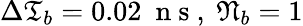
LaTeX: \Delta\mathfrak{T}_{b}=0.02\ \mathrm{~n~s~},\ \mathfrak{N}_{b}=1